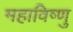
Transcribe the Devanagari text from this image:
महाविष्‍णु